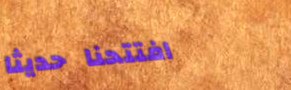
افتتحنا حديثاً